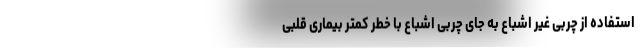
استفاده از چربی غیر اشباع به جای چربی اشباع با خطر کمتر بیماری قلبی